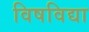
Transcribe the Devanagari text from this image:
विषविद्या